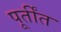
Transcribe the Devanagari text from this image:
पूर्तींत